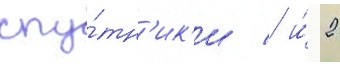
спу́тн'ик'и / и́ 2